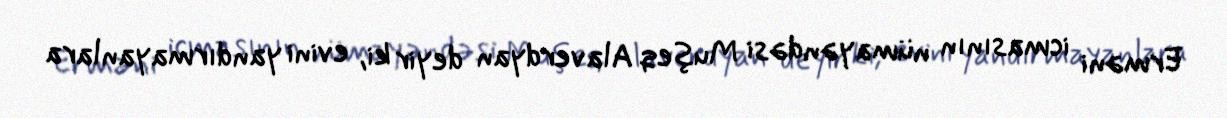
Erməni icmasının nümayəndəsi Muşeq Alaverdyan deyir ki, evini yandırmayanlara